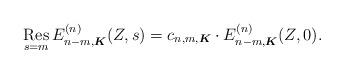
LaTeX: \begin{align*}\mathop{{\rm Res}}_{s=m}E_{n-m,\boldsymbol{K}}^{(n)}(Z,s)=c_{n,m,\boldsymbol{K}}\cdot E_{n-m,\boldsymbol{K}}^{(n)}(Z,0).\end{align*}